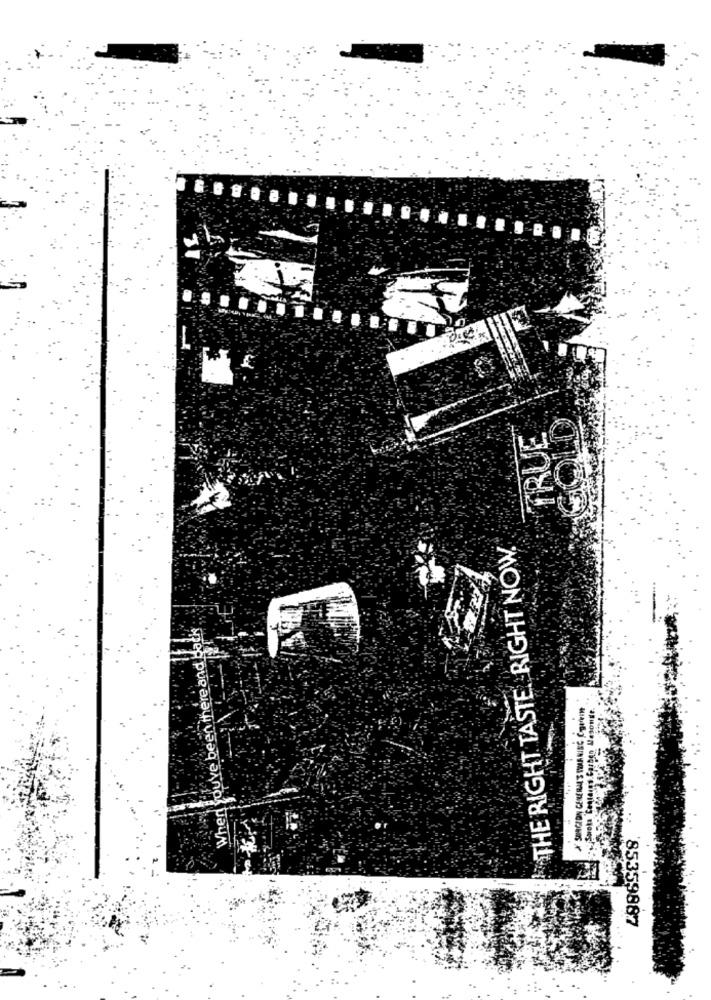
TRUE
THE RIGHT TASTE RIGHT NOW.
When you've been there and back
85359887